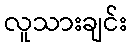
လူသားချင်း